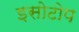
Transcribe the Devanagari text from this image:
इसोटोप